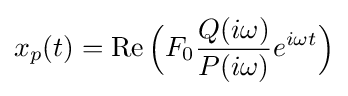
x_{p}(t)=\operatorname {Re} {\Big (}F_{0}{\frac {Q(i\omega )}{P(i\omega )}}e^{i\omega t}{\Big )}